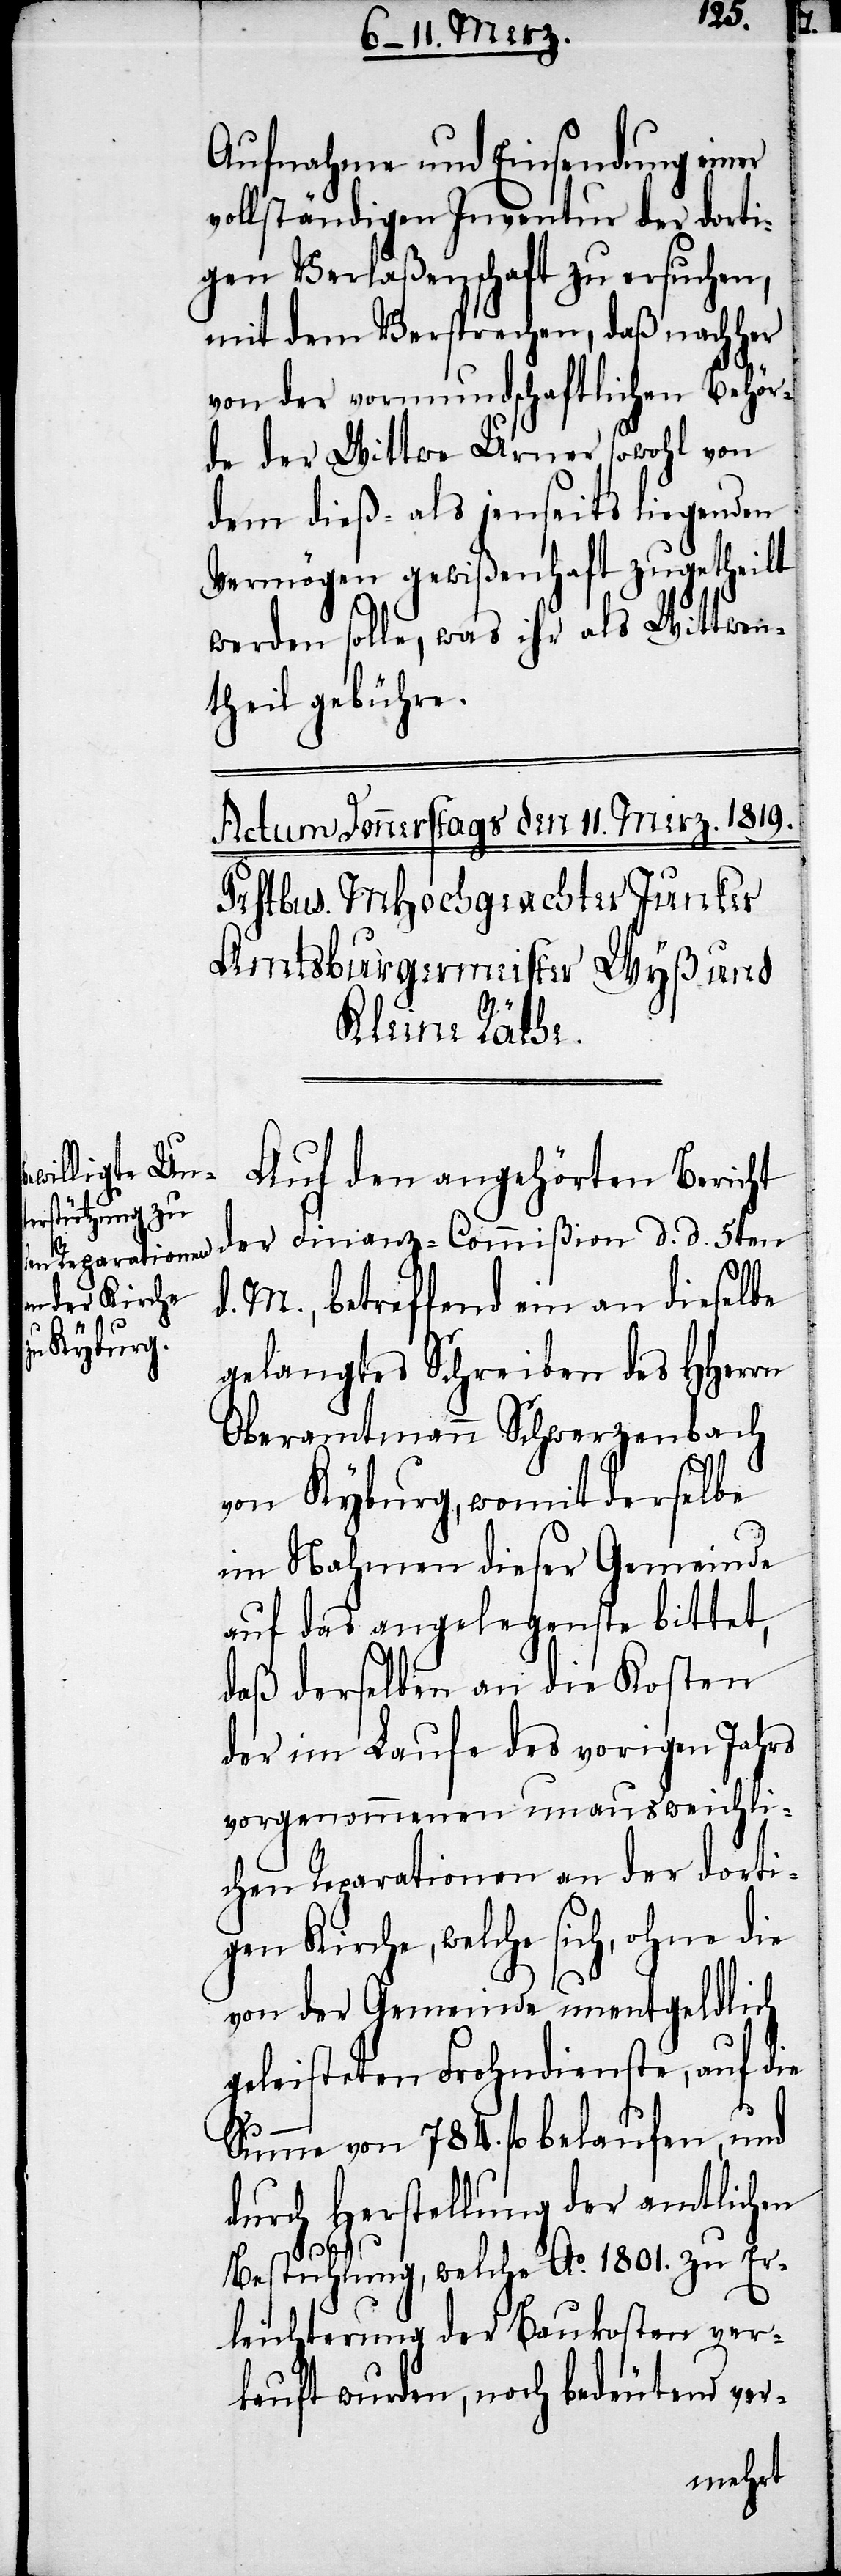
Aufnahme und Einsendung einer
vollständigen Inventur der dorti¬
gen Verlaßenschaft zu ersuchen,
mit dem Versprechen, daß nachher
von der vormundschaftlichen Behör¬
de der Wittwe Urner, sowohl von
dem dieß- als jenseits liegenden
Vermögen gewißenhaft zugetheilt
werden solle, was ihr als Wittwen¬
theil gebühre.
Auf den angehörten Bericht
der Finanz-Commißion d. d. 5ten
d. M., betreffend ein an dieselbe
gelangtes Schreiben des HHerrn
Oberamtmann Schwerzenbach
von Kyburg, womit derselbe
im Nahmen dieser Gemeinde
auf das angelegenste bittet,
daß derselben an die Kosten
der im Laufe des vorigen Jahrs
vorgenommenen unausweichli¬
chen Reparationen an der dorti¬
gen Kirche, welche sich, ohne die
von der Gemeinde unentgeldlich
geleisteten Frohndienste, auf die
Summe von 784. fl. belaufen, und
durch Herstellung der amtlichen
Bestuhlung, welche Ao. 1801. zu Er¬
leichterung der Baukosten ver¬
kauft wurden, noch bedeutend ver-